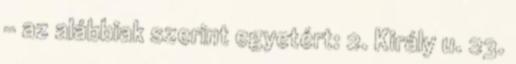
– az alábbiak szerint egyetért: 2. Király u. 23.